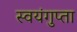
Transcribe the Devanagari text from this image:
स्वयंगुप्ता